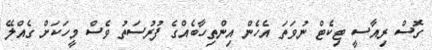
ގޮސް ރިއާސީ ޓިކެޓް ނުވަތަ އެހެން އިންތިހާބެއްގެ ފުރުސަތު ވެސް މީހަކަށް ގެއްލޭ